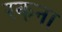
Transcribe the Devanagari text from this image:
रकना